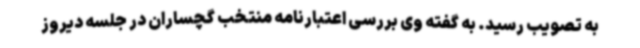
به تصویب رسید. به گفته وی بررسی اعتبارنامه منتخب گچساران در جلسه دیروز